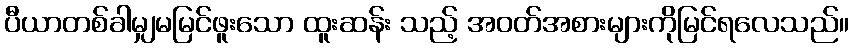
ပီယာတစ်ခါမျှမမြင်ဖူးသော ထူးဆန်း သည့် အဝတ်အစားများကိုမြင်ရလေသည်။